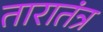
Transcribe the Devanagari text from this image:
तारातंत्र